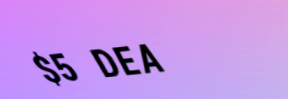
$5 DEAL